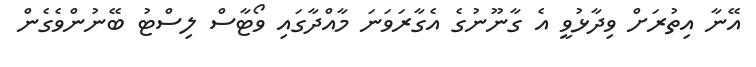
އޭނާ އިތުރަށް ވިދާޅުވީ އެ ގާނޫނުގެ އެގާރަވަނަ މާއްދާގައި ވޯޓާސް ލިސްޓު ބޭނުންވެގެން